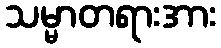
သမ္မာတရားအား